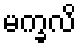
မက္ခလိ